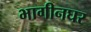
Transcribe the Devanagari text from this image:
भागीनघर